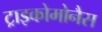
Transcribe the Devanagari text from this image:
ट्राइकोमोनैस